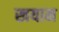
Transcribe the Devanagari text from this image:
खयाम